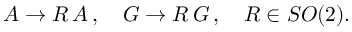
{ \cal A } \rightarrow R \, { \cal A } \, , \quad { \cal G } \rightarrow R \, { \cal G } \, , \quad R \in S O ( 2 ) .